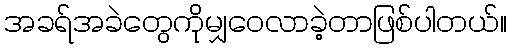
အခရ်အခဲတွေကိုမျှဝေလာခဲ့တာဖြစ်ပါတယ်။